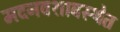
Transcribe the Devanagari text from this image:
मदनवशावस्थेत